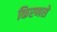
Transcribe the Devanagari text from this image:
किरणसे